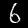
Label: 6